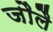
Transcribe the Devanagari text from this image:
जौलै